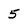
Character: 5